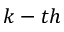
k - t h